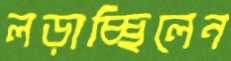
লড়াচ্ছিলেন